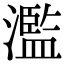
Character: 濫